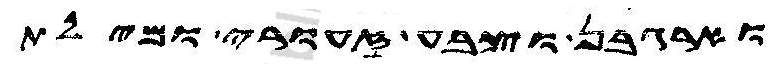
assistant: וארגבן וצבע זעורי ומילת